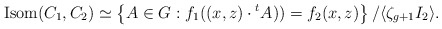
\begin{align*}\mathrm{Isom}(C_1,C_2) \simeq \left\{ A \in G : f_1((x,z)\cdot {}^t A)) = f_2(x,z) \right\} / \langle\zeta_{g+1}I_2 \rangle.\end{align*}